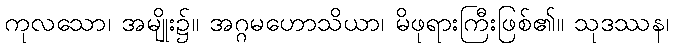
ကုလသော၊ အမျိုး၌။ အဂ္ဂမဟောသိယာ၊ မိဖုရားကြီးဖြစ်၏။ သုဒဿန၊